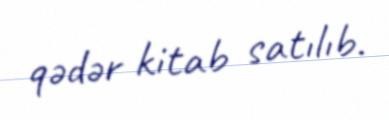
qədər kitab satılıb.